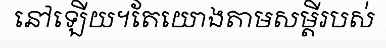
នៅឡើយ។តែយោងតាមសម្តីរបស់